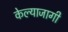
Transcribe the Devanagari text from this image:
केल्याजागी